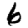
Digit: 6